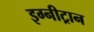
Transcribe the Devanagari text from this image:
इग्नीट्रान